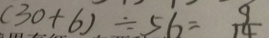
( 3 0 + 6 ) \div 5 6 = \frac { 9 } { 1 4 }